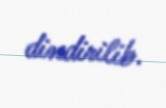
dindirilib.